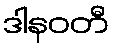
ဒါနဝတီ